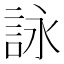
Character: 詠